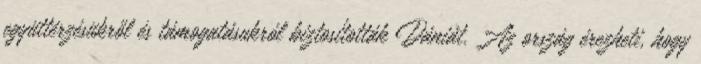
együttérzésükről és támogatásukról biztosították Dániát. Az ország érezheti, hogy